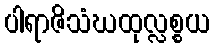
ပါရာဇိသံဃထုလ္လစ္စယ